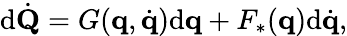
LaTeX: \mathrm{d}{\dot{{\mathbf{{Q}}}}}=G(\mathbf{{q}},{\dot{{\mathbf{{q}}}}})\mathrm{d}\mathbf{{q}}+F_{*}(\mathbf{{q}})\mathrm{d}{\dot{{\mathbf{{q}}}}},